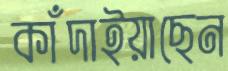
কাঁদাইয়াছেন